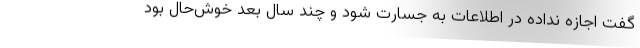
گفت اجازه نداده در اطلاعات به جسارت شود و چند سال بعد خوش‌حال بود